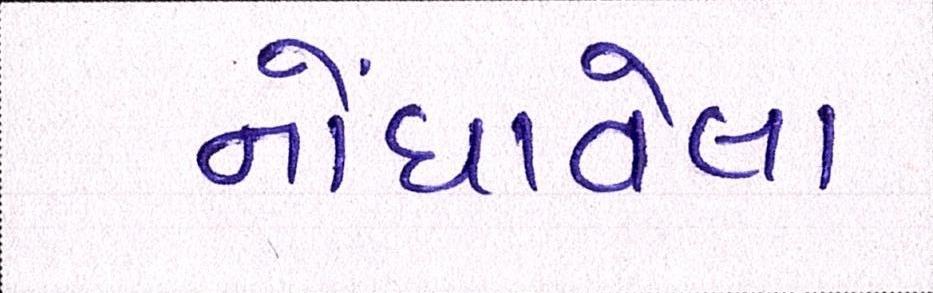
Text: નોંધાવેલા